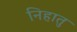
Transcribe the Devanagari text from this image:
निहातु